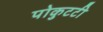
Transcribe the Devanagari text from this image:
पोकुटटी